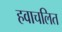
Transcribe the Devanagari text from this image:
हवाचलित